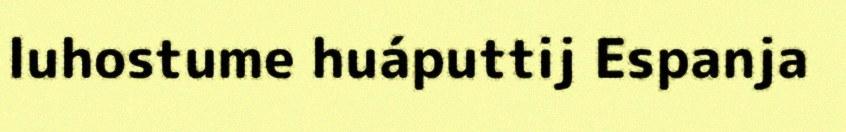
luhostume huáputtij Espanja